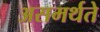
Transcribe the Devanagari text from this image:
असमर्थते